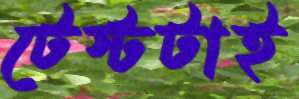
টেস্টটাই